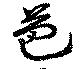
芭